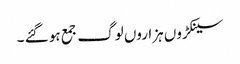
سینکڑوں ہزاروں لوگ جمع ہو گئے ۔